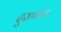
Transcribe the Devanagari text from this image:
दुराचाराः